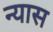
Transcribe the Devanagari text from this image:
न्‍यास